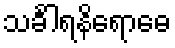
သင်္ခါရနိရောဓေ